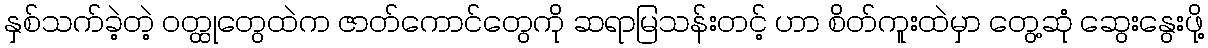
နှစ်သက်ခဲ့တဲ့ ဝတ္ထုတွေထဲက ဇာတ်ကောင်တွေကို ဆရာမြသန်းတင့် ဟာ စိတ်ကူးထဲမှာ တွေ့ဆုံ ဆွေးနွေးဖို့